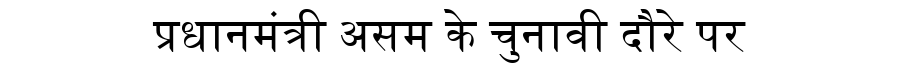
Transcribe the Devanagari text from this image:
प्रधानमंत्री असम के चुनावी दौरे पर